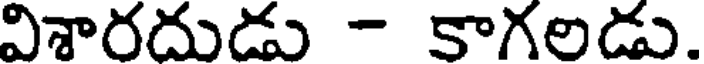
విశారదుడు - కాగలడు.